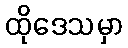
ထိုဒေသမှာ